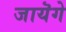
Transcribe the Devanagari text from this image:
जायॆगे